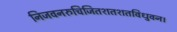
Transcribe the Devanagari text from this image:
निजवनरुचिजितशतशतविधुवन।